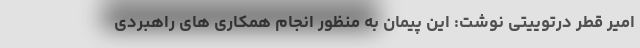
امیر قطر درتوییتی نوشت: این پیمان به منظور انجام همکاری های راهبردی